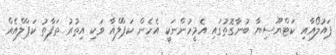
ޕައުލޯއާއި ކަޓްޔޫސިޔާ ބުނާގޮތުގައި އެމީހުންނަކީ އެހެން ކަޕްލްއާ ވަކި އިތުރު ތަފާތު ކަޕްލްއެއް